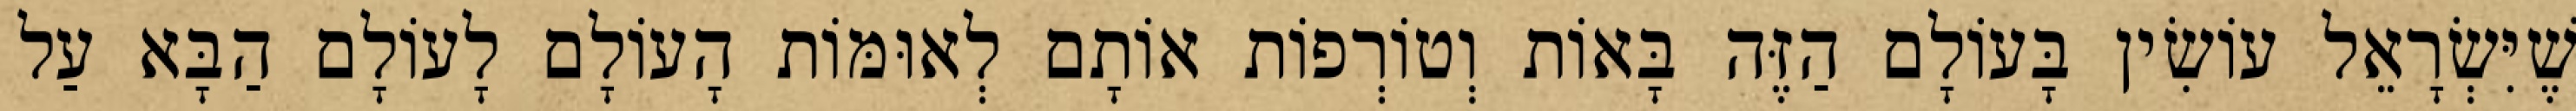
שֶׁיִּשְׂרָאֵל עוֹשִׂין בָּעוֹלָם הַזֶּה בָּאוֹת וְטוֹרְפוֹת אוֹתָם לְאוּמּוֹת הָעוֹלָם לָעוֹלָם הַבָּא עַל